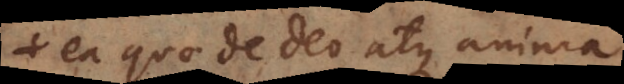
ea quae de Deo atque anima